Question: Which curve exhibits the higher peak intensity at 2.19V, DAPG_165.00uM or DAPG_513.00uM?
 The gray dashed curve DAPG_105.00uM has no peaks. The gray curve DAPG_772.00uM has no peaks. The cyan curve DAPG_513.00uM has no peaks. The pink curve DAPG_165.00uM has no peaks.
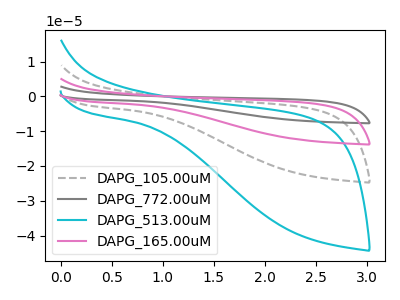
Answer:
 <answer>"DAPG_165.00uM" and "DAPG_513.00uM" dont share a peak at 2.19V.</answer>
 <eval>mismatch</eval>